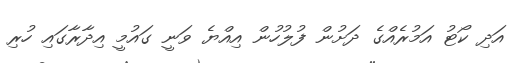
އަދި ކޯޓު އަމުރެއްގެ ދަށުން ފުލުހުން އިއްޔެ ވަނީ ގައުމީ އިދާރާގައި ހުރި